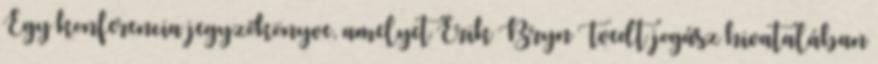
Egy konferencia jegyzőkönyve, amelyet Erik Bryn Tvedt jogász hivatalában